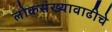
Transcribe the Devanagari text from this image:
लोकसंख्यावाढीचे